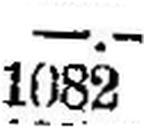
1082